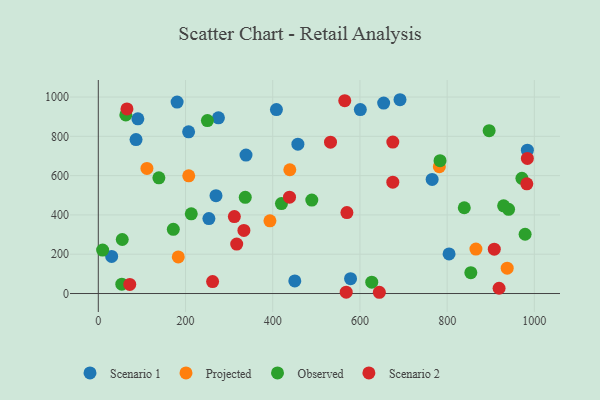
{"axis": {"x": "Speed", "y": "Sales"}, "legend": ["Observed", "Projected", "Scenario 1", "Scenario 2"], "data": [{"x": "600.9", "y": 936.0, "type": "Scenario 1"}, {"x": "457.7", "y": 760.2, "type": "Scenario 1"}, {"x": "765.6", "y": 580.8, "type": "Scenario 1"}, {"x": "30.6", "y": 188.8, "type": "Scenario 1"}, {"x": "804.4", "y": 201.5, "type": "Scenario 1"}, {"x": "338.7", "y": 704.7, "type": "Scenario 1"}, {"x": "90.7", "y": 889.1, "type": "Scenario 1"}, {"x": "275.5", "y": 894.3, "type": "Scenario 1"}, {"x": "180.7", "y": 974.3, "type": "Scenario 1"}, {"x": "578.5", "y": 75.5, "type": "Scenario 1"}, {"x": "450.6", "y": 64.1, "type": "Scenario 1"}, {"x": "207.1", "y": 822.8, "type": "Scenario 1"}, {"x": "86.5", "y": 783.5, "type": "Scenario 1"}, {"x": "984.0", "y": 729.4, "type": "Scenario 1"}, {"x": "691.9", "y": 986.2, "type": "Scenario 1"}, {"x": "408.5", "y": 936.2, "type": "Scenario 1"}, {"x": "269.9", "y": 497.8, "type": "Scenario 1"}, {"x": "253.6", "y": 381.2, "type": "Scenario 1"}, {"x": "654.4", "y": 968.9, "type": "Scenario 1"}, {"x": "111.5", "y": 636.6, "type": "Projected"}, {"x": "866.0", "y": 226.1, "type": "Projected"}, {"x": "439.2", "y": 629.8, "type": "Projected"}, {"x": "207.4", "y": 599.1, "type": "Projected"}, {"x": "183.4", "y": 186.5, "type": "Projected"}, {"x": "937.7", "y": 128.8, "type": "Projected"}, {"x": "393.6", "y": 370.0, "type": "Projected"}, {"x": "782.1", "y": 645.4, "type": "Projected"}, {"x": "138.9", "y": 588.9, "type": "Observed"}, {"x": "172.0", "y": 326.7, "type": "Observed"}, {"x": "53.9", "y": 47.6, "type": "Observed"}, {"x": "420.0", "y": 457.8, "type": "Observed"}, {"x": "63.1", "y": 908.9, "type": "Observed"}, {"x": "489.6", "y": 475.7, "type": "Observed"}, {"x": "250.2", "y": 880.2, "type": "Observed"}, {"x": "971.5", "y": 586.4, "type": "Observed"}, {"x": "854.3", "y": 106.0, "type": "Observed"}, {"x": "940.9", "y": 428.5, "type": "Observed"}, {"x": "9.9", "y": 221.1, "type": "Observed"}, {"x": "839.3", "y": 436.6, "type": "Observed"}, {"x": "978.8", "y": 301.7, "type": "Observed"}, {"x": "896.3", "y": 828.9, "type": "Observed"}, {"x": "783.7", "y": 676.1, "type": "Observed"}, {"x": "213.2", "y": 405.4, "type": "Observed"}, {"x": "337.0", "y": 489.5, "type": "Observed"}, {"x": "627.1", "y": 57.6, "type": "Observed"}, {"x": "929.5", "y": 446.4, "type": "Observed"}, {"x": "54.9", "y": 275.0, "type": "Observed"}, {"x": "65.7", "y": 939.3, "type": "Scenario 2"}, {"x": "570.1", "y": 412.2, "type": "Scenario 2"}, {"x": "984.0", "y": 687.6, "type": "Scenario 2"}, {"x": "565.2", "y": 981.6, "type": "Scenario 2"}, {"x": "438.5", "y": 490.5, "type": "Scenario 2"}, {"x": "568.5", "y": 7.1, "type": "Scenario 2"}, {"x": "317.4", "y": 251.8, "type": "Scenario 2"}, {"x": "262.1", "y": 60.9, "type": "Scenario 2"}, {"x": "675.4", "y": 566.6, "type": "Scenario 2"}, {"x": "982.7", "y": 558.2, "type": "Scenario 2"}, {"x": "312.0", "y": 391.7, "type": "Scenario 2"}, {"x": "532.5", "y": 770.2, "type": "Scenario 2"}, {"x": "333.9", "y": 321.2, "type": "Scenario 2"}, {"x": "644.5", "y": 6.4, "type": "Scenario 2"}, {"x": "675.4", "y": 770.8, "type": "Scenario 2"}, {"x": "908.1", "y": 225.9, "type": "Scenario 2"}, {"x": "72.1", "y": 46.3, "type": "Scenario 2"}, {"x": "919.1", "y": 26.9, "type": "Scenario 2"}]}